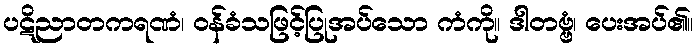
ပဋိညာတကရဏံ၊ ဝန်ခံသဖြင့်ပြုအပ်သော ကံကို။ ဒါတဗ္ဗံ၊ ပေးအပ်၏။